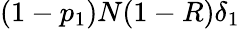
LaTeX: (1-p_{1})N(1-R)\delta_{1}